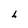
Character: h